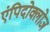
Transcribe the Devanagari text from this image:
एंपिदोक्लोज